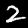
Label: 2